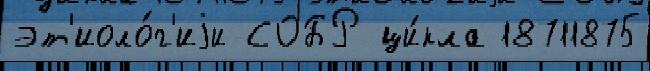
эт'иоло́г'иjи СОБР ци́кла 18711875